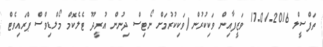
ތަފްސީލް 2016-01-17 ވަޒީފާއިން ވަކިކުރުން/ވަކިކުރުމަށް ނޯޓިސް ދިނުން އުރީދޫ ޓެލެކޮމް މޯލްޑިވްސް ޕްރައިވެޓް